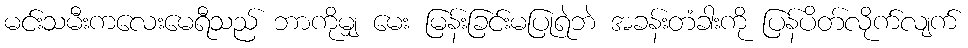
မင်းသမီးကလေးမေရီသည် ဘာကိုမျှ မေး မြန်းခြင်းမပြုရဲဘဲ အခန်းတံခါးကို ပြန်ပိတ်လိုက်လျက်